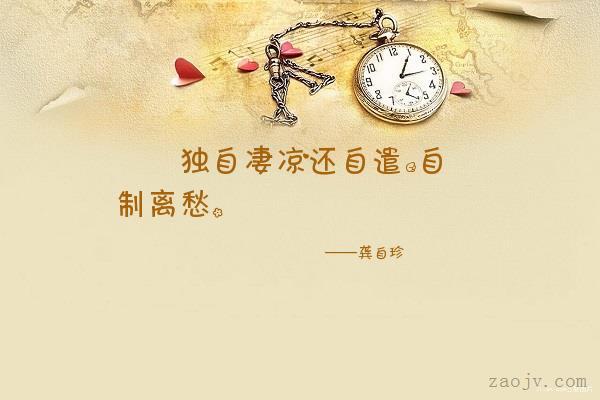
独自凄凉还自遣，自制离愁。